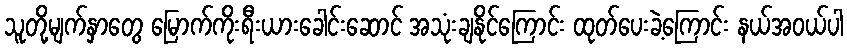
သူတို့မျက်နှာတွေ မြောက်ကိုးရီးယားခေါင်းဆောင် အသုံးချနိုင်ကြောင်း ထုတ်ပေးခဲ့ကြောင်း နယ်အဝယ်ပါ